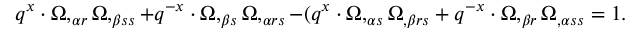
q ^ { x } \cdot \Omega , _ { \alpha r } \Omega , _ { \beta s s } + q ^ { - x } \cdot \Omega , _ { \beta s } \Omega , _ { \alpha r s } - ( q ^ { x } \cdot \Omega , _ { \alpha s } \Omega _ { , \beta r s } + q ^ { - x } \cdot \Omega , _ { \beta r } \Omega _ { , \alpha s s } = 1 .